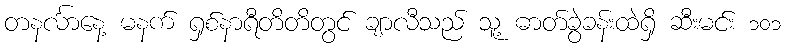
တနင်္လာနေ့ မနက် ရှစ်နာရီတိတိတွင် ချာလီသည် သူ့ ဓာတ်ခွဲခန်းထဲရှိ ဆီးမင်း ၁၀၁